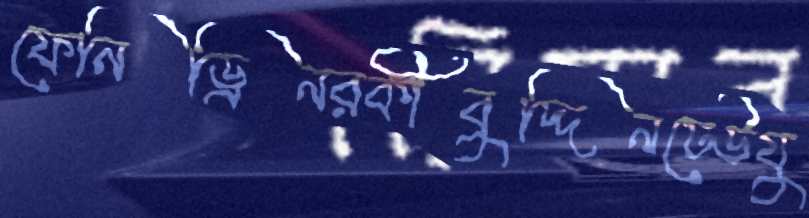
ফেনিড্রিনরকীবুদ্দিনঢেউযু